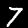
Label: 7